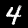
Label: 4